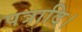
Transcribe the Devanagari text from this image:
पत्रादि।